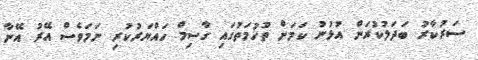
ސަރުކާރު ބަދަލުކުރަން އުޅުނު ކަމަށް ތުހުމަތުގައި ގާސިމް ހައްޔަރުކުރި ނަމަވެސް އޭރު އޭނާ